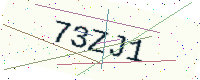
Text: 73ZJ1